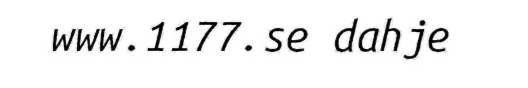
www.1177.se dahje